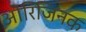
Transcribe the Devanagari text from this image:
ओरिजिनक